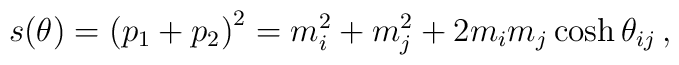
s(\theta)=\left(p_{1}+p_{2}\right)^{2}=m_{i}^{2}+m_{j}^{2}+2m_{i}m_{j}\cosh\theta_{ij}\,,